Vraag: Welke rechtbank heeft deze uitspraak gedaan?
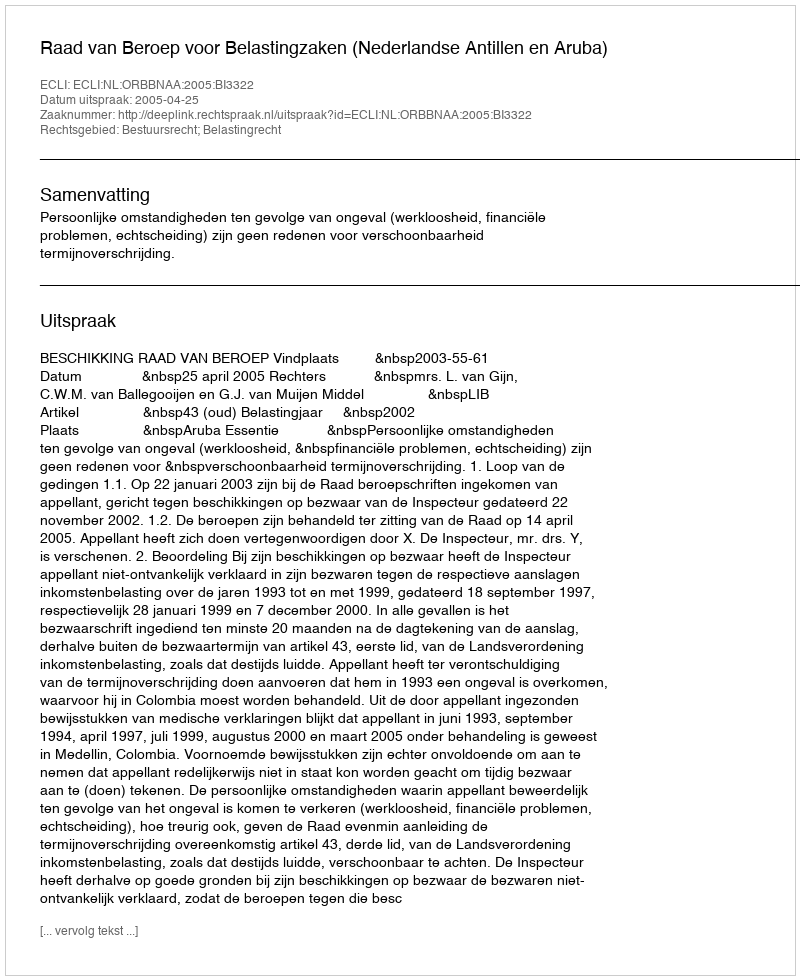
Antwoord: Raad van Beroep voor Belastingzaken (Nederlandse Antillen en Aruba)